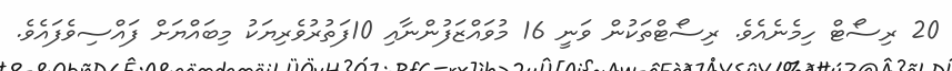
20 ރިސޯޓް ހިމެނެއެވެ. ރިސޯޓްތަކުން ވަނީ 16 މުވައްޒަފުންނާއި 10ފަތުރުވެރިޔަކު މިބައްޔަށް ފައްސިވެފައެވެ.